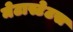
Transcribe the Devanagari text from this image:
मेटास्टेटस